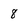
Character: 8